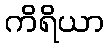
ကိရိယာ